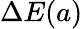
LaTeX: \Delta E(a)